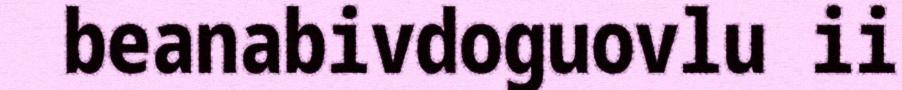
beanabivdoguovlu ii